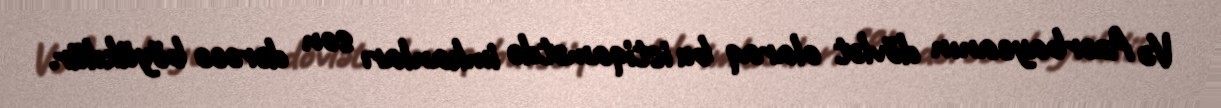
Və Azərbaycanın dövlət olaraq bu istiqamətdə imkanları son dərəcə böyükdür.